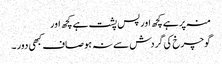
منہ پر ہے کچھ اور پس پشت ہے کچھ اور
گوچرخ کی گردش سے نہ ہو صاف کبھی دور ۔